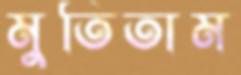
মুতিতাম